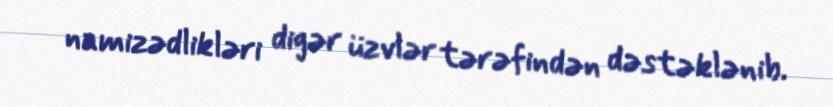
namizədlikləri digər üzvlər tərəfindən dəstəklənib.